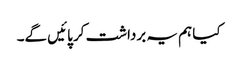
کیا ہم یہ برداشت کر پائیں گے۔